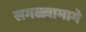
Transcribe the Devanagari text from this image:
सगळ्यामागे